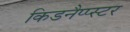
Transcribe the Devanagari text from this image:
किडनैप्प्स्टर